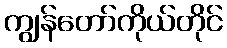
ကျွန်တော်ကိုယ်တိုင်